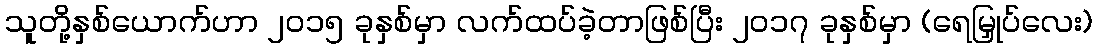
သူတို့နှစ်ယောက်ဟာ ၂၀၁၅ ခုနှစ်မှာ လက်ထပ်ခဲ့တာဖြစ်ပြီး ၂၀၁၇ ခုနှစ်မှာ (ရေမြှုပ်လေး)